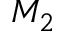
M _ { 2 }